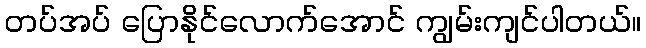
တပ်အပ် ပြောနိုင်လောက်အောင် ကျွမ်းကျင်ပါတယ်။